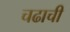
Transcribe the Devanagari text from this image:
चढाची